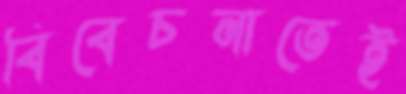
বিবেচনাতেই